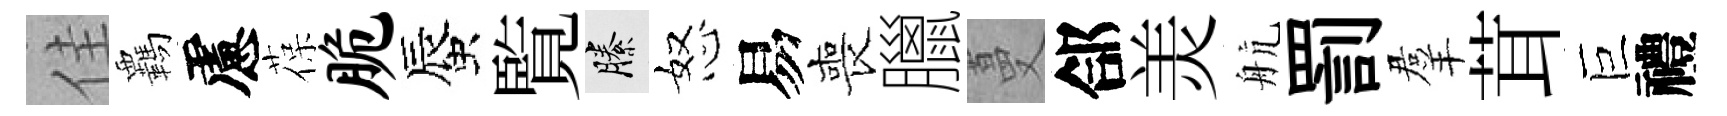
佳覊慮葆脆蜃覧縢怒易喪臘蔓郃羙航罰羣茸巨禮